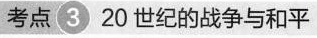
考点(320世纪的战争与和平